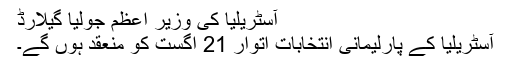
آسٹریلیا کی وزیر اعظم جولیا گیلارڈ
آسٹریلیا کے پارلیمانی انتخابات اتوار 21 اگست کو منعقد ہوں گے۔